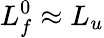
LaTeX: L_{f}^{0}\approx L_{u}